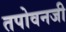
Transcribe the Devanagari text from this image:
तपोवनजी